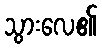
သွားလေ၏